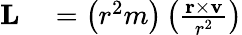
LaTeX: \begin{array}{rl}{\mathbf{L}}&{{}=\left(r^{2}m\right)\left({\frac{\mathbf{r}\times\mathbf{v}}{r^{2}}}\right)}\end{array}